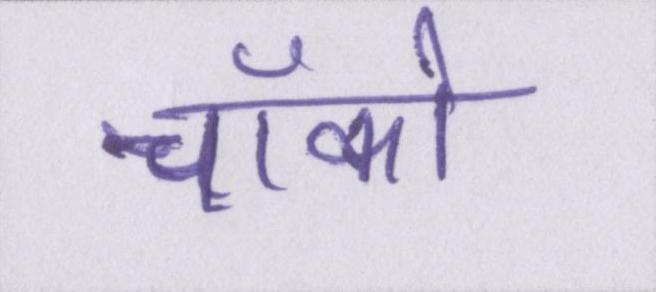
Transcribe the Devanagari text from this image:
चॉको